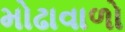
મોઢાવાળો